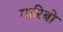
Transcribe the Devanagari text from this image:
गारिबो